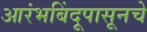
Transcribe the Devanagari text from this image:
आरंभबिंदूपासूनचे